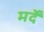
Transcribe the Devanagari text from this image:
मर्दें